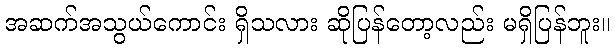
အဆက်အသွယ်ကောင်း ရှိသလား ဆိုပြန်တော့လည်း မရှိပြန်ဘူး။